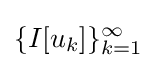
\{I[u_{k}]\}_{k=1}^{\infty }